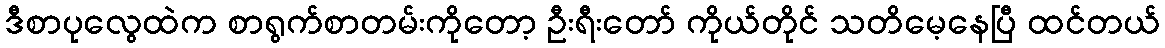
ဒီစာပုလွေထဲက စာရွက်စာတမ်းကိုတော့ ဦးရီးတော် ကိုယ်တိုင် သတိမေ့နေပြီ ထင်တယ်